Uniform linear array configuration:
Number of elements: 64
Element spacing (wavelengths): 0.25
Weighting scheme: hann
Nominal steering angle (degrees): -15
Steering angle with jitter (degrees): -13.811
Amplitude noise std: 0.05
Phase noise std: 0.05

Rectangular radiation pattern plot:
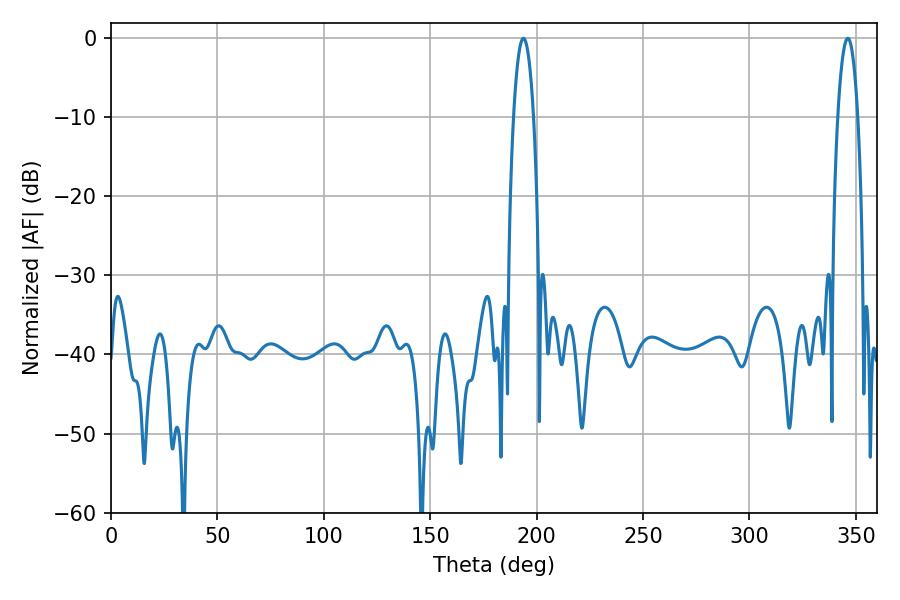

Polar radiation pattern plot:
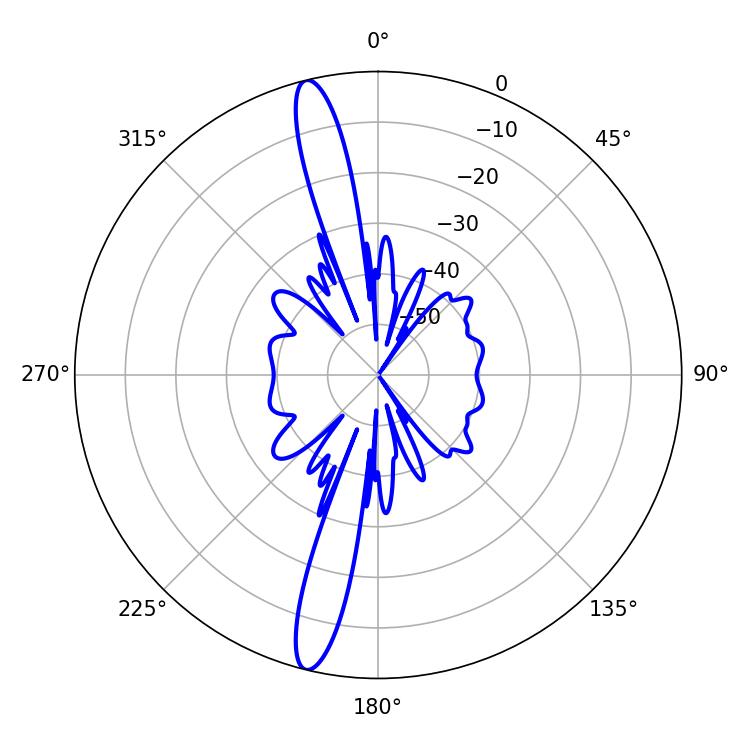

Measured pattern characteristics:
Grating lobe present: FALSE
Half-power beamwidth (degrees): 5.22
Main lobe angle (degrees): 193.86